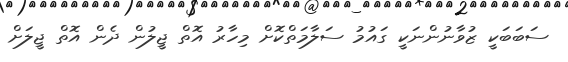
ސަބަބަކީ ޒުވާނުންނަކީ ގައުމު ސަލާމަތްކޮށް މިހާރު އޮތް ޖީލުން ދެން އޮތް ޖީލަށް